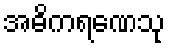
အဓိကရဏေသု